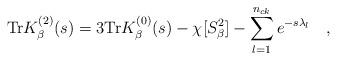
LaTeX: \begin{align*}\mbox{Tr} K_\beta^{(2)}(s)=3\mbox{Tr} K_\beta^{(0)}(s)-\chi[S^2_\beta]-\sum_{l=1}^{n_{ck}}e^{-s\lambda_l}~~~ ,\end{align*}